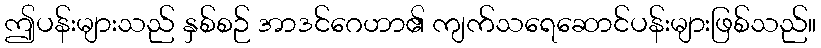
ဤပန်းများသည် နှစ်စဉ် အာဒင်ဂေဟာ၏ ကျက်သရေဆောင်ပန်းများဖြစ်သည်။